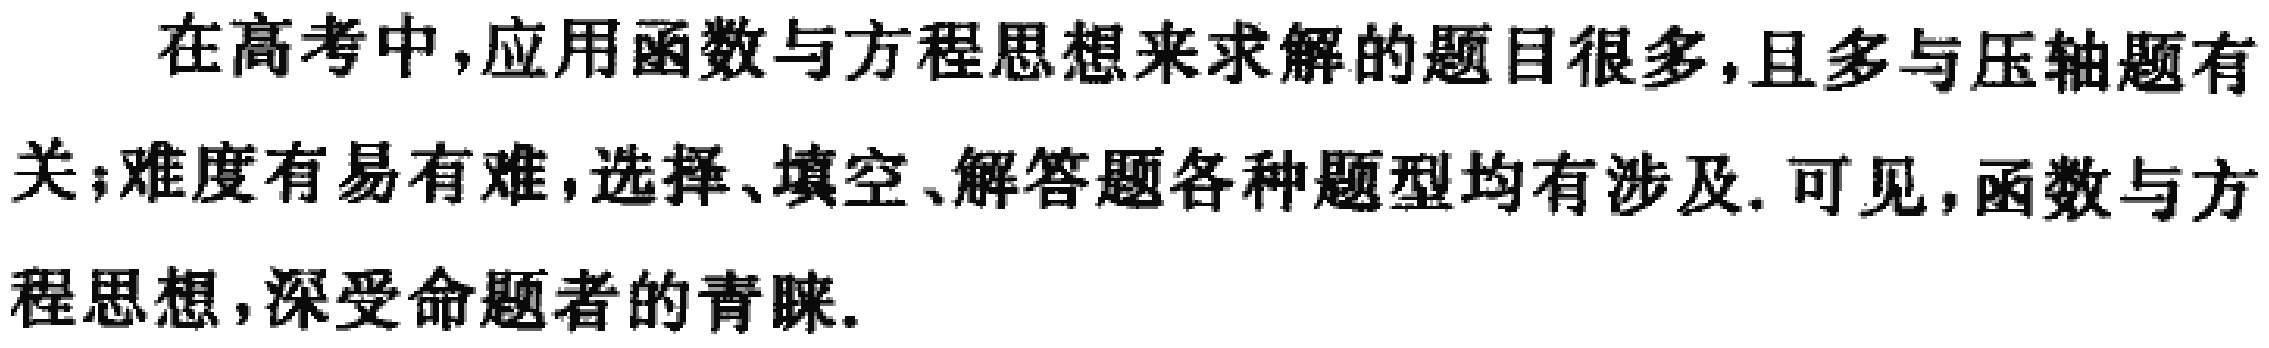
在高考中,应用函数与方程思想来求解的题目很多,且多与压轴题有关;难度有易有难,选择、填空、解答题各种题型均有涉及. 可见,函数与方程思想,深受命题者的青睐.